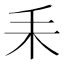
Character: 𦓤